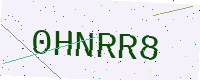
Text: 0HNRR8